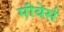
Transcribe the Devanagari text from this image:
मीयेर्स